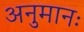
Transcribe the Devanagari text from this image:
अनुमानः